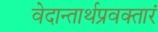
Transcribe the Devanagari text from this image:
वेदान्तार्थप्रवक्तारं